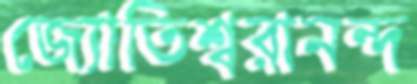
জ্যোতিশ্বরানন্দ